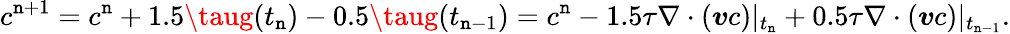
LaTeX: c^{\mathtt{n}+1}=c^{\mathtt{n}}+1.5\taug(t_{\mathtt{n}})-0.5\taug(t_{\mathtt{n}-1})=c^{\mathtt{n}}-1.5\tau\nabla\cdot(\boldsymbol{v}c)|_{t_{\mathtt{n}}}+0.5\tau\nabla\cdot(\boldsymbol{v}c)|_{t_{\mathtt{n}-1}}.